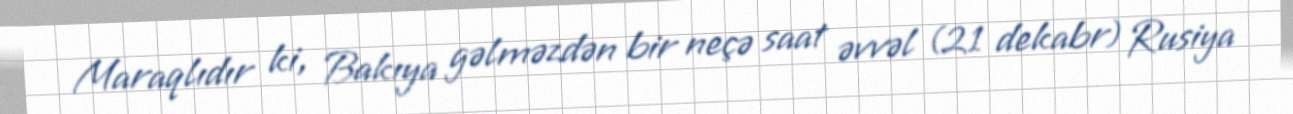
Maraqlıdır ki, Bakıya gəlməzdən bir neçə saat əvvəl (21 dekabr) Rusiya